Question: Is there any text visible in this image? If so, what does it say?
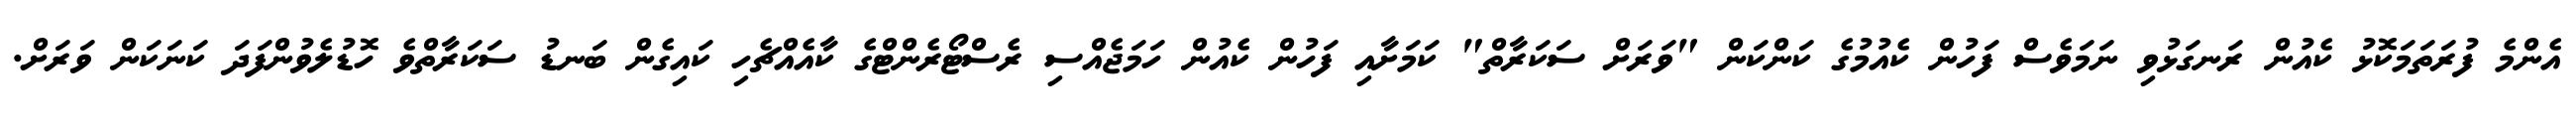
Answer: އެންމެ ފުރަތަމަކޮޅު ކެއުން ރަނގަޅުވި ނަމަވެސް ފަހުން ކެއުމުގެ ކަންކަން "ވަރަށް ސަކަރާތް" ކަމަށާއި ފަހުން ކެއުން ހަމަޖެއްސި ރެސްޓޯރެންޓްގެ ކާއެއްޗެހި ކައިގެން ބަނޑު ސަކަރާތްވެ ހޮޑުލެވުންފަދަ ކަނަކަން ވަރަށް.